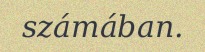
számában.